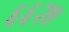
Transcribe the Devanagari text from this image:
६६२७